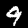
Label: 9